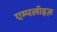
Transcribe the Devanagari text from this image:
एम्पलॉइज़